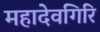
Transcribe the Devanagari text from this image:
महादेवगिरि